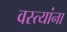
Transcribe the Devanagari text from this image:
वस्त्यांना